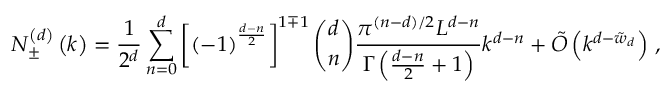
N _ { \pm } ^ { \left( d \right) } \left( k \right) = \frac { 1 } { 2 ^ { d } } \sum _ { n = 0 } ^ { d } \left[ \left( - 1 \right) ^ { \frac { d - n } { 2 } } \right] ^ { 1 \mp 1 } { \binom { d } { n } \frac { \pi ^ { ( n - d ) / 2 } L ^ { d - n } } { \Gamma \left( \frac { d - n } { 2 } + 1 \right) } k ^ { d - n } } + \tilde { O } \left( k ^ { d - \tilde { w } _ { d } } \right) \, ,